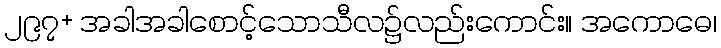
၂၉၇+ အခါအခါစောင့်သောသီလ၌လည်းကောင်း။ အကောဓေ၊